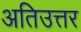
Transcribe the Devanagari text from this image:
अतिउत्तर